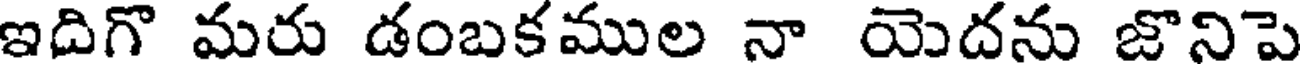
ఇదిగొ మరు డంబకముల నా యెదను జొనిపె